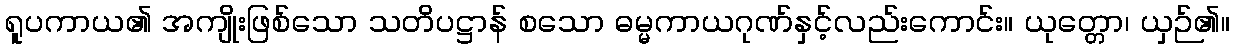
ရူပကာယ၏ အကျိုးဖြစ်သော သတိပဋ္ဌာန် စသော ဓမ္မကာယဂုဏ်နှင့်လည်းကောင်း။ ယုတ္တော၊ ယှဉ်၏။